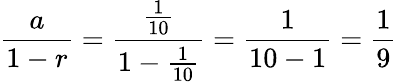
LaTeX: {\frac{a}{1-r}}={\frac{\frac{1}{10}}{1-{\frac{1}{10}}}}={\frac{1}{10-1}}={\frac{1}{9}}